Leaving Certificate Examination (including Day School Certificate (Higher) General paper), 1928
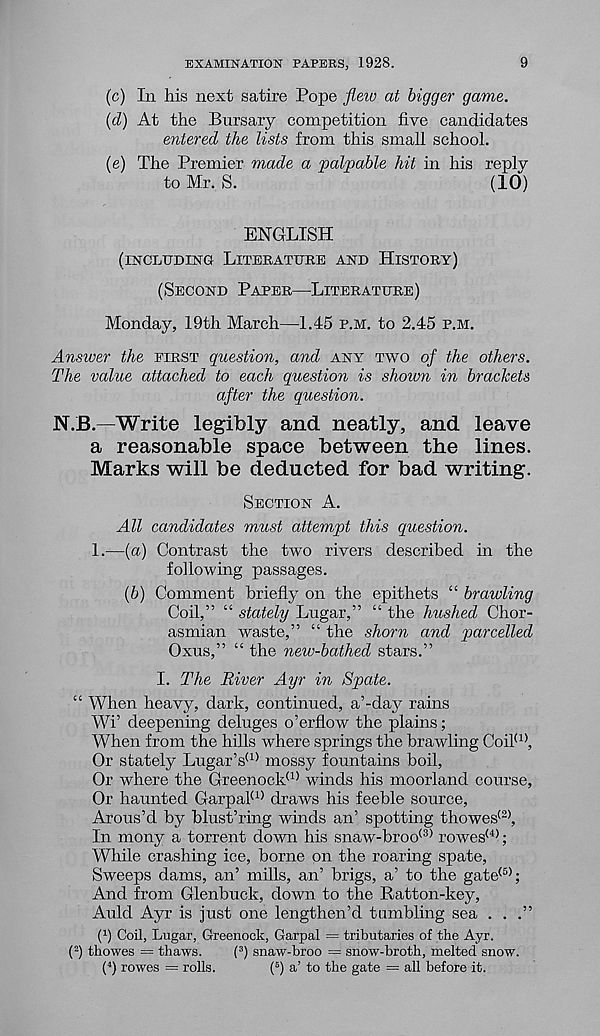
EXAMINATION PAPERS, 1928.
9
(c) In his next satire Pope fleio at bigger game.
(d) At the Bursary competition five candidates
entered the lists from this small school.
(e) The Premier made a palpable hit in his reply
to Mr. S.
(10)
ENGLISH
(INCLUDING LITERATURE AND HISTORY)
(SECOND PAPER—LITERATURE)
Monday, 19th March—-1.45 P.M. to 2.45 P.M.
Answer the FIRST question, and ANY TWO of the others.
The value attached to each question is shown in brackets
after the question.
N.B.—Write legibly and neatly, and leave
a reasonable space between the lines.
Marks will be deducted for bad writing.
SECTION A.
All candidates must attempt this question.
1.—(a) Contrast the two rivers described in the
following passages.
(6) Comment briefly on the epithets “ brawling
Coil,” “ stately Lugar,” “ the hushed Chor-
asmian waste,” “ the shorn and parcelled
Oxus,” “ the new-bathed stars.”
I. The River Ayr in Spate.
“ When heavy, dark, continued, a’-dai- rains
Wi’ deepening deluges o’erflow the plains;
When from the hills where springs the brawling Coil (1) ,
Or stately Lugar’s (1) mossy fountains boil,
Or where the Greenock (1) winds his moorland course,
Or haunted Garpal (1) draws his feeble source,
Arous’d by blust’ring winds an’ spotting thowes (2> ,
In mony a torrent down his snaw-broo (3) rowes (4) ;
While crashing ice, borne on the roaring spate,
Sweeps dams, an’ mills, an’ brigs, a’ to the gate (B) ;
And from Glenbuck, down to the Ratton-key,
Auld Ayr is just one lengthen’d tumbling sea . . .”
( 1 ) Coil, Lugar, Greenock, Garpal = tributaries of the Ayr.
( 2 ) thowes = thaws.
( 3 ) snaw-broo = snow-broth, melted snow.
( 4 ) rowes = rolls.
( 5 ) a’ to the gate = all before it.